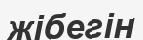
жібегін